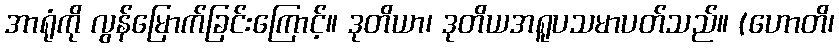
အာရုံကို လွန်မြောက်ခြင်းကြောင့်။ ဒုတိယာ၊ ဒုတိယအရူပသမာပတ်သည်။ (ဟောတိ၊